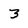
Character: 3